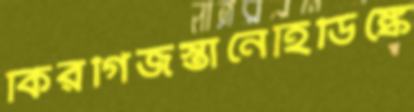
কিরগিজস্তানেহিডিঙ্কে